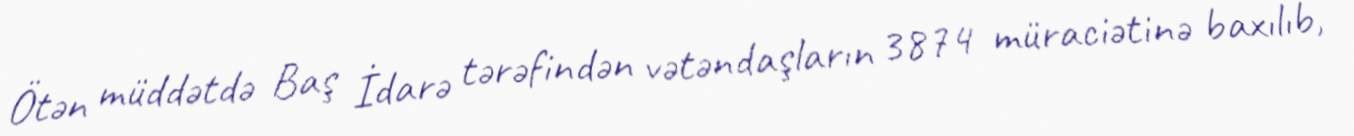
Ötən müddətdə Baş İdarə tərəfindən vətəndaşların 3874 müraciətinə baxılıb,